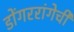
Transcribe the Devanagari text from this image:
डोंगररांगेची